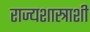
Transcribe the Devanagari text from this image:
राज्यशास्त्राशी